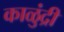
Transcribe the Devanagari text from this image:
काळुंद्री